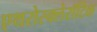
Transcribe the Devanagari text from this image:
एथरोस्क्लेरॉटिक